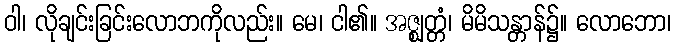
ဝါ၊ လိုချင်းခြင်းလောဘကိုလည်း။ မေ၊ ငါ၏။ အဇ္ဈတ္တံ၊ မိမိသန္တာန်၌။ လောဘော၊